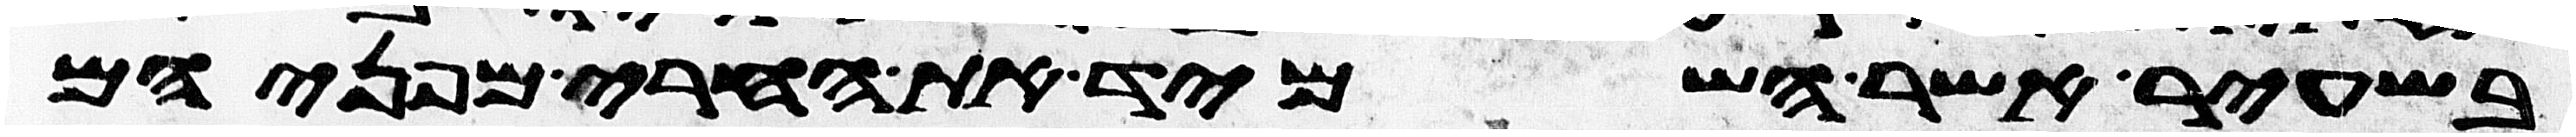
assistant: בשעיר אשר השמיד את החרי מפניהם